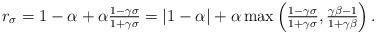
LaTeX: \begin{align*}r_\sigma=1-\alpha+\alpha\tfrac{1-\gamma\sigma}{1+\gamma\sigma}=|1-\alpha|+\alpha\max\left(\tfrac{1-\gamma\sigma}{1+\gamma\sigma},\tfrac{\gamma \beta-1}{1+\gamma \beta}\right).\end{align*}